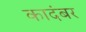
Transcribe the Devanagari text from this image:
कादंबर